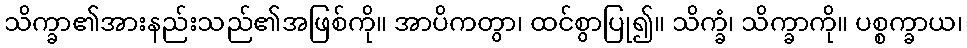
သိက္ခာ၏အားနည်းသည်၏အဖြစ်ကို။ အာပိကတွာ၊ ထင်စွာပြု၍။ သိက္ခံ၊ သိက္ခာကို။ ပစ္စက္ခာယ၊